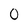
Character: 0